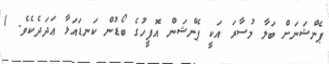
ޕެންޝަނަށް ބަލާ މުސާރަ އަކީ ޕެންޝަން އޮފީހުގެ ބޯޑުން ކަނޑައަޅާ ޢަދަދެކެވެ. 1